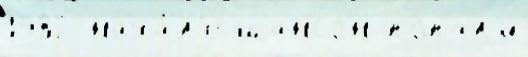
1982 нача́л'е шансон попал'и